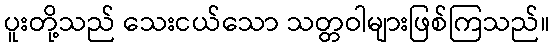
ပူးတို့သည် သေးငယ်သော သတ္တဝါများဖြစ်ကြသည်။